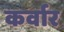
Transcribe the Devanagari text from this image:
कर्वार